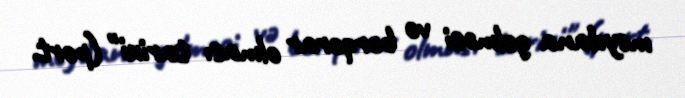
meydana gəlməsi və bərqərar olması tarixi" (port.